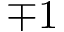
\mp 1